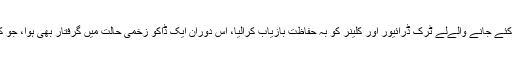
کچے کے جنگلات میں پولیس نے آپریشن کرکے اغوا کئے جانے والےلے ٹرک ڈرائیور اور کلینر کو بہ حفاظت بازیاب کرالیا، اس دوران ایک ڈاکو زخمی حالت میں گرفتار بھی ہوا، جو کہ جرائم کی سنگین وارداتوں میں پولیس کو مطلوب تھا۔